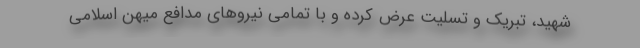
شهید، تبریک و تسلیت عرض کرده و با تمامی نیروهای مدافع میهن اسلامی